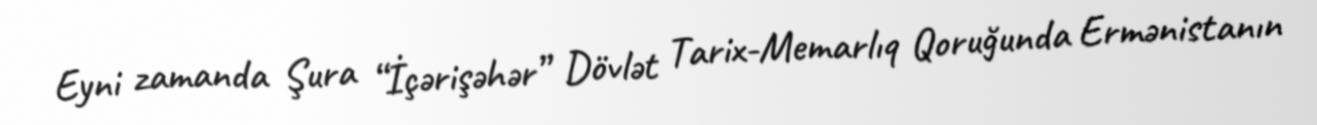
Eyni zamanda Şura “İçərişəhər” Dövlət Tarix-Memarlıq Qoruğunda Ermənistanın